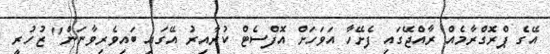
އޭގެ ޕްރޮގްރާމެއް ރާއްޖޭގައި ފެށޭހާ އަވަހަށް އޮފްސެޓް ކުރާއިރު އޭގައި ބައިވެރިވާނަން" ޒުހުރީ